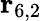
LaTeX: \mathbf{r}_{6,2}